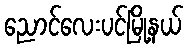
ညောင်လေးပင်မြို့နယ်